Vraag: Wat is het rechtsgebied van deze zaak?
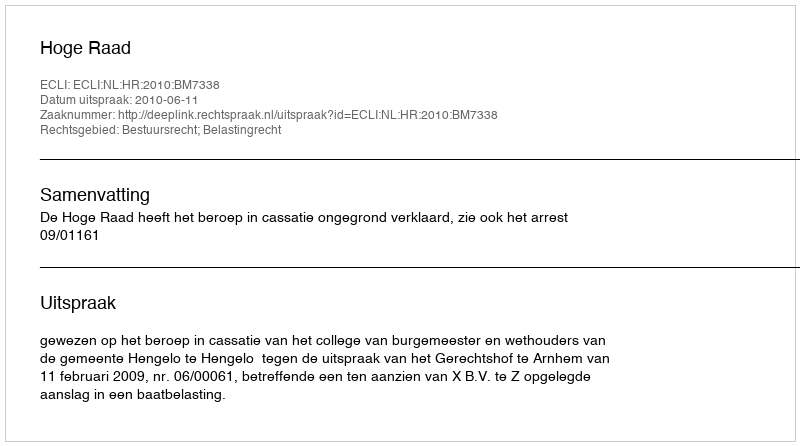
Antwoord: Bestuursrecht; Belastingrecht